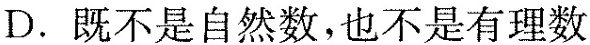
D. 既不是自然数，也不是有理数